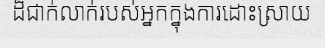
ដ៏ជាក់លាក់របស់អ្នកក្នុងការដោះស្រាយ